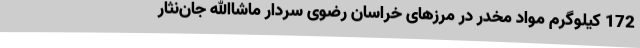
172 کیلوگرم مواد مخدر در مرزهای خراسان رضوی سردار ماشاالله جان‌نثار